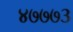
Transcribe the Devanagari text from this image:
४७७७३